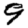
Digit: 9